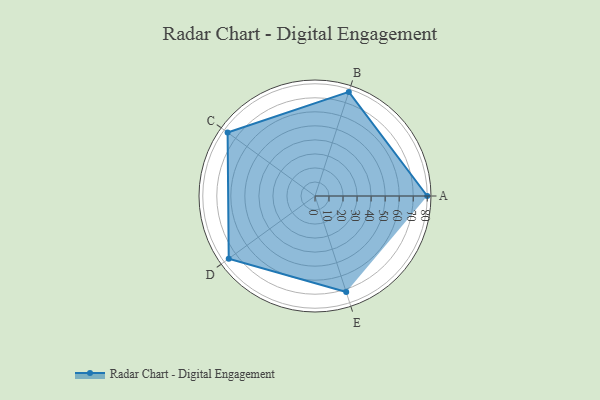
{"axis": {"x": "Skill", "y": "Score"}, "legend": ["Profile"], "data": [{"x": "A", "y": 80.0, "type": "Profile"}, {"x": "B", "y": 78.0, "type": "Profile"}, {"x": "C", "y": 77.0, "type": "Profile"}, {"x": "D", "y": 76.0, "type": "Profile"}, {"x": "E", "y": 72.0, "type": "Profile"}]}